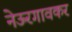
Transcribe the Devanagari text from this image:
नेऊरगावकर